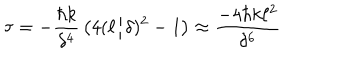
\tau = - { \frac { \hbar k } { \delta ^ { 4 } } } \left( 4 ( \ell / \delta ) ^ { 2 } - 1 \right) \approx { \frac { - 4 \hbar k \ell ^ { 2 } } { \delta ^ { 6 } } }